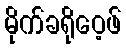
မိုက်ခရိုဝေ့ဖ်